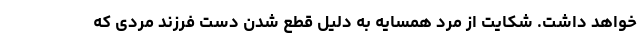
خواهد داشت. شکایت از مرد همسایه به دلیل قطع شدن دست فرزند مردی که